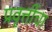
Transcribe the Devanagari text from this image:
प्रवृत्तींचा